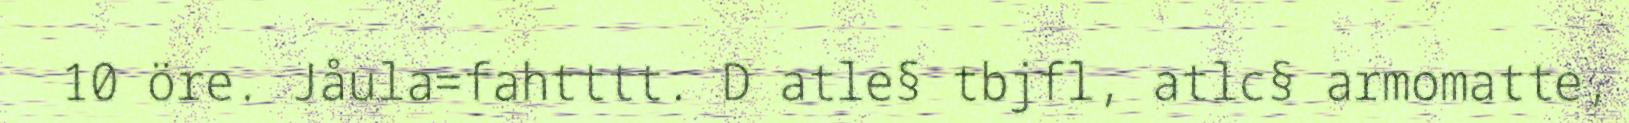
10 öre. Jåula=fahtttt. D atle§ tbjfl, atlc§ armomatte,